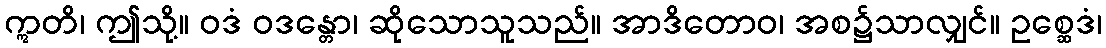
ဣတိ၊ ဤသို့။ ဝဒံ ဝဒန္တော၊ ဆိုသောသူသည်။ အာဒိတောဝ၊ အစ၌သာလျှင်။ ဥစ္ဆေဒံ၊